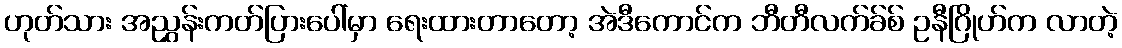
ဟုတ်သား အညွှန်းကတ်ပြားပေါ်မှာ ရေးထားတာတော့ အဲဒီကောင်က ဘီတီလက်ခ်စ် ဥနီဂြိုဟ်က လာတဲ့